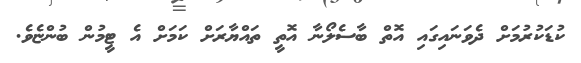
ކުޑަކުރުމަށް ދެވަނައިގައި އޮތް ބާސެލޯނާ އޮތީ ތައްޔާރަށް ކަމަށް އެ ޓީމުން ބުންޏެވެ.